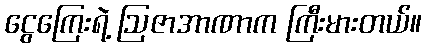
ငွေကြေးရဲ့ ဩဇာအာဏာက ကြီးမားတယ်။